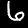
Digit: 6